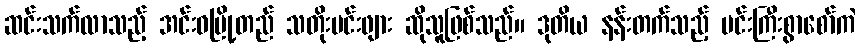
ဆင်းသက်လာသည့် အင်းဝမြို့တည် သတိုးမင်းဖျား ဆိုသူဖြစ်သည်။ ဒုတိယ နန်းတက်သည့် မင်းကြီးစွာစော်ကဲ